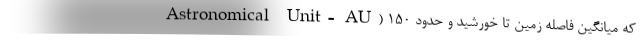
Astronomical Unit= AU) که میانگین فاصله زمین تا خورشید و حدود ۱۵۰